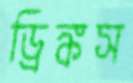
ড্রিঙ্কস